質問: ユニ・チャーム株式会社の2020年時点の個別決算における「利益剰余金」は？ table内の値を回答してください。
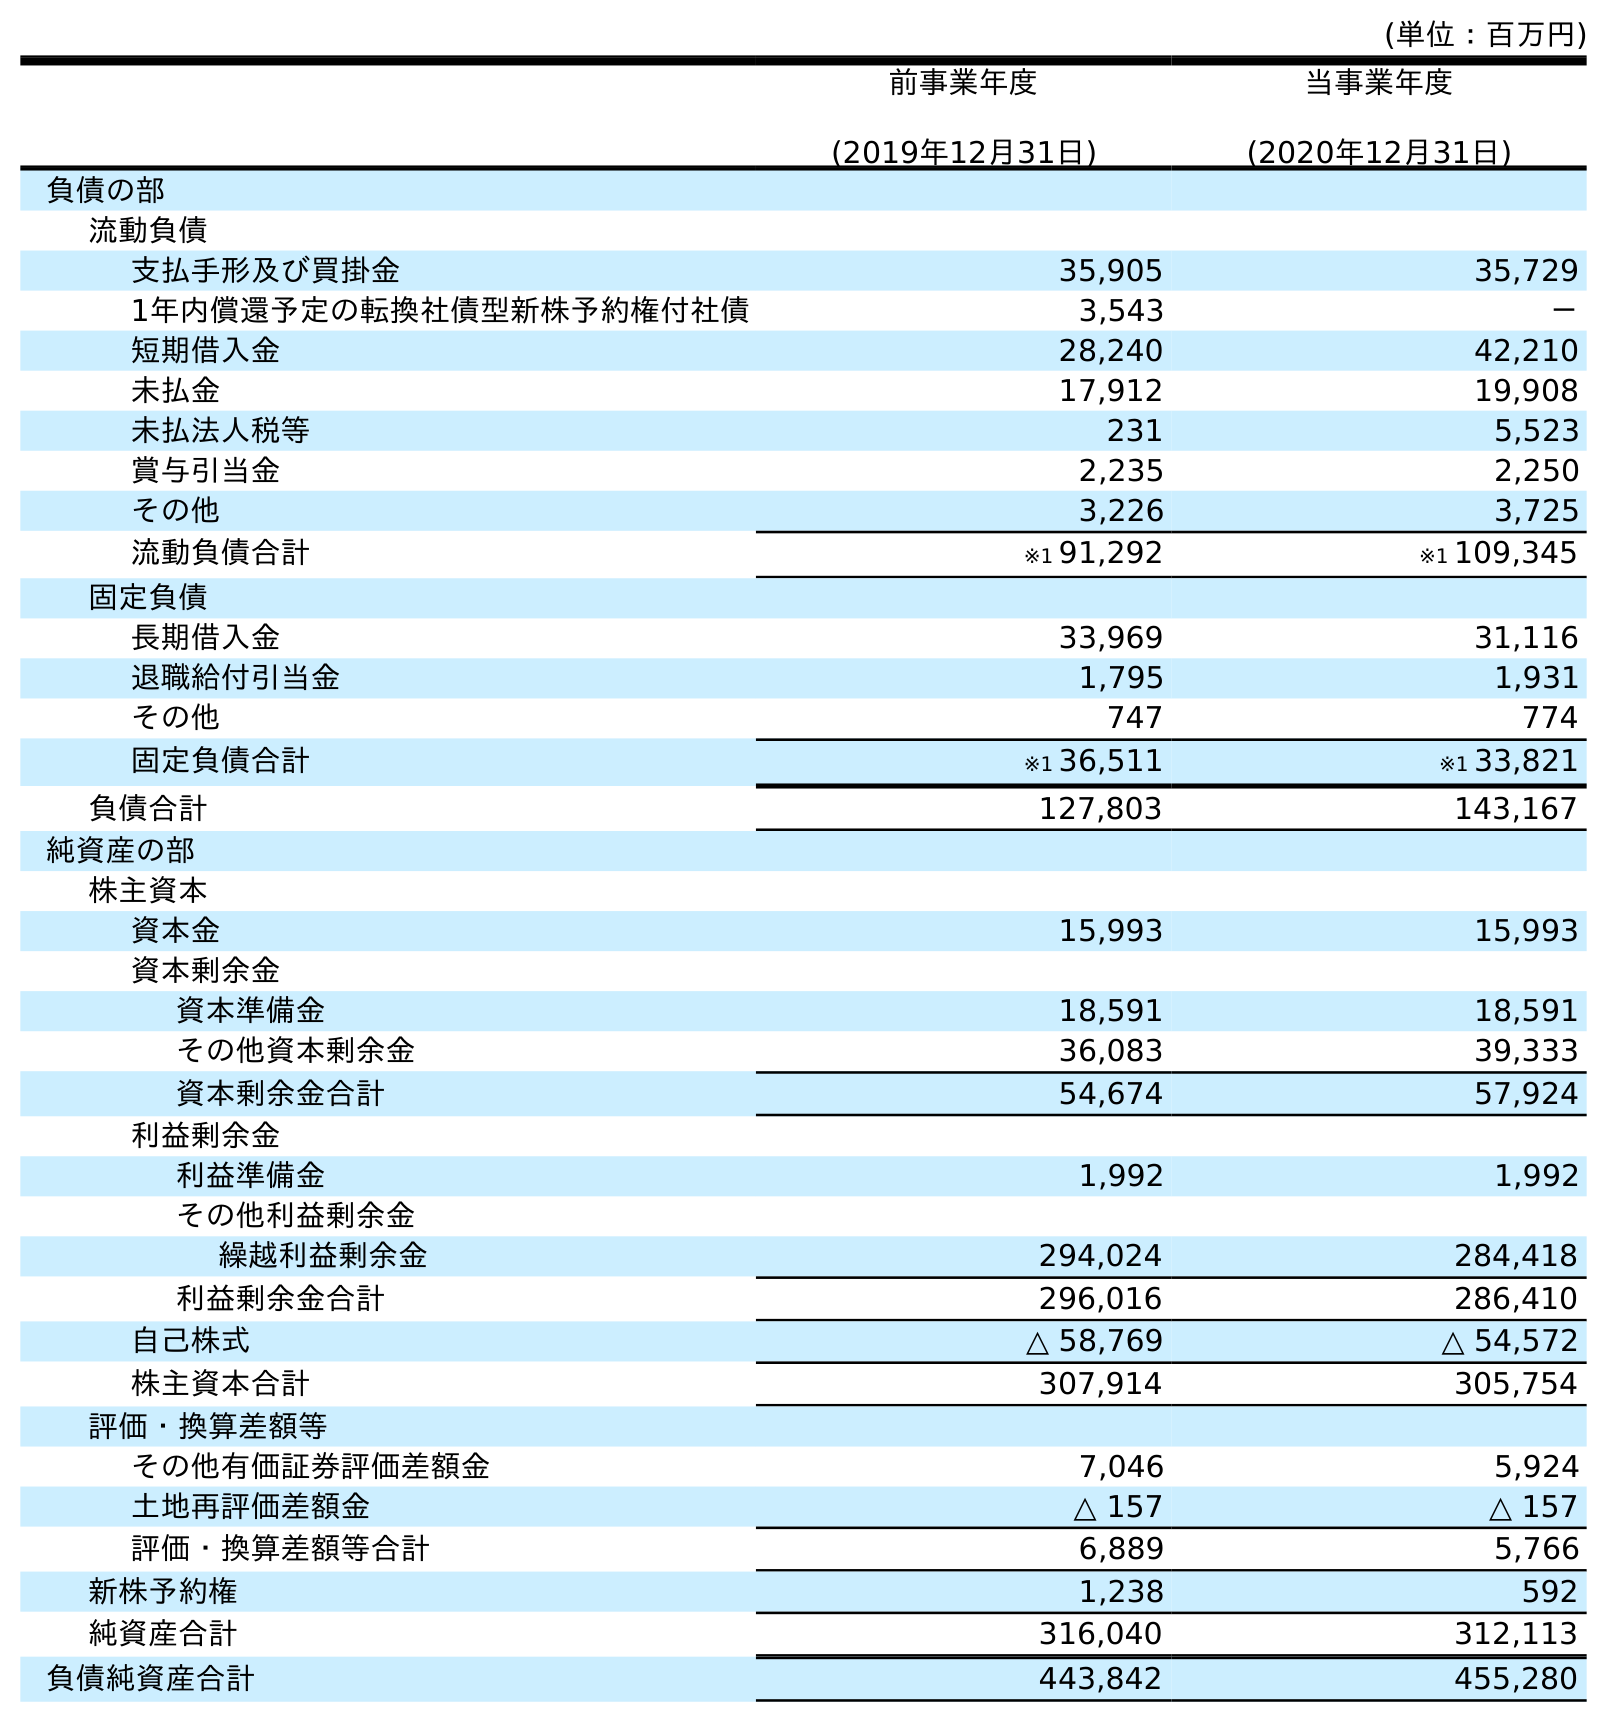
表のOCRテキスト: (単位：百万円) 前事業年度 (2019年12月31日) 当事業年度 (2020年12月31日) 負債の部 流動負債 支払手形及び買掛金 35,905 35,729 1年内償還予定の転換社債型新株予約権付社債 3,543 － 短期借入金 28,240 42,210 未払金 17,912 19,908 未払法人税等 231 5,523 賞与引当金 2,235 2,250 その他 3,226 3,725 流動負債合計 ※1 91,292 ※1 109,345 固定負債 長期借入金 33,969 31,116 退職給付引当金 1,795 1,931 その他 747 774 固定負債合計 ※1 36,511 ※1 33,821 負債合計 127,803 143,167 純資産の部 株主資本 資本金 15,993 15,993 資本剰余金 資本準備金 18,591 18,591 その他資本剰余金 36,083 39,333 資本剰余金合計 54,674 57,924 利益剰余金 利益準備金 1,992 1,992 その他利益剰余金 繰越利益剰余金 294,024 284,418 利益剰余金合計 296,016 286,410 自己株式 △ 58,769 △ 54,572 株主資本合計 307,914 305,754 評価・換算差額等 その他有価証券評価差額金 7,046 5,924 土地再評価差額金 △ 157 △ 157 評価・換算差額等合計 6,889 5,766 新株予約権 1,238 592 純資産合計 316,040 312,113 負債純資産合計 443,842 455,280
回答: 286,410